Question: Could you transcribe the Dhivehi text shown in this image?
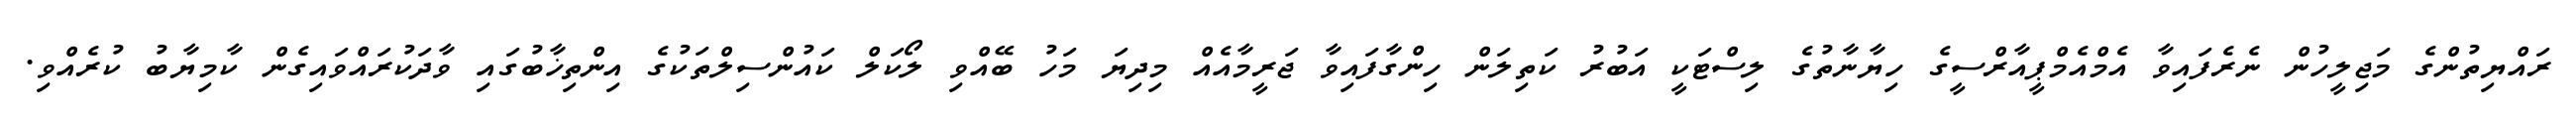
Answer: ރައްޔިތުންގެ މަޖިލީހުން ނެރެފައިވާ އެމްއެމްޕީއާރްސީގެ ހިޔާނާތުގެ ލިސްޓަކީ އަބުރު ކަތިލަން ހިންގާފައިވާ ޖަރީމާއެއް މިދިޔަ މަހު ބޭއްވި ލޯކަލް ކައުންސިލްތަކުގެ އިންތިޚާބުގައި ވާދަކުރައްވައިގެން ކާމިޔާބު ކުރެއްވި.